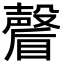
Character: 𭿩